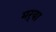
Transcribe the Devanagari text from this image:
मर्‍या